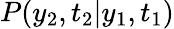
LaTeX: P(y_{2},t_{2}|y_{1},t_{1})